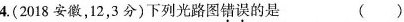
4.(2018安徽，12，3分)下列光路图错误的是 ()